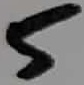
Text: 5